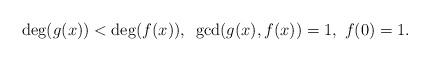
LaTeX: \begin{align*}\deg(g(x)) < \deg(f(x)), ~ \gcd(g(x),f(x))=1, ~ f(0) = 1.\end{align*}